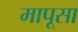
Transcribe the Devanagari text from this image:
मापूसा